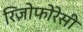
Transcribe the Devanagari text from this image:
रिज़ोफोरेसी